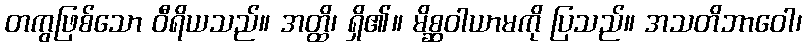
တကွဖြစ်သော ဝီရိယသည်။ အတ္ထိ၊ ရှိ၏။ မိစ္ဆဝါယာမကို ပြသည်။ အသတိဘာဝေါ၊